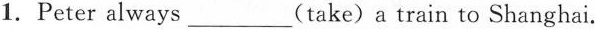
1.Peter always___(take) a train to Shanghai.